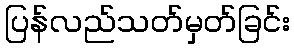
ပြန်လည်သတ်မှတ်ခြင်း